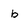
Character: b